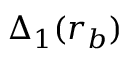
\Delta _ { 1 } ( r _ { b } )